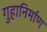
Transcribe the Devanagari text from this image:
गुहानिर्माण